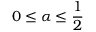
0 \leq \alpha \leq \frac { 1 } { 2 }